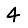
Digit: 4